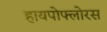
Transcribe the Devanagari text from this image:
हायपोफ्लोरस